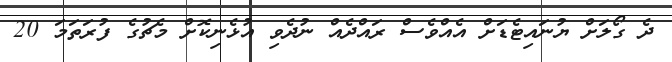
ދެ ގޯލަށް ޔުނައިޓެޑަށް އެއްވެސް ރައްދެއް ނުދެވި އުޅެނިކޮށް މެޗުގެ ފުރަތަމަ 20